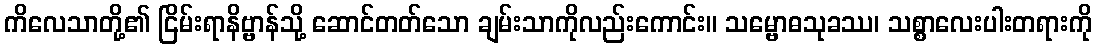
ကိလေသာတို့၏ ငြိမ်းရာနိဗ္ဗာန်သို့ ဆောင်တတ်သော ချမ်းသာကိုလည်းကောင်း။ သမ္ဗောဓသုခဿ၊ သစ္စာလေးပါးတရားကို